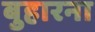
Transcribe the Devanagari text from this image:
बुहारना